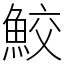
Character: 鮫